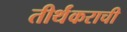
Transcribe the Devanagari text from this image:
तीर्थंकराची